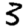
Digit: 3